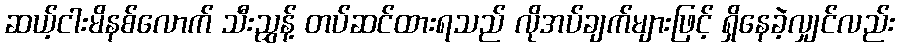
ဆယ့်ငါးမိနစ်လောက် သီးညွှန့် တပ်ဆင်ထားရသည် လိုအပ်ချက်များဖြင့် ရှိနေခဲ့လျှင်လည်း